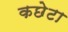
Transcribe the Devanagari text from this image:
कछेटा